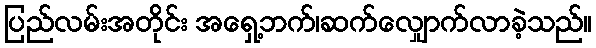
ပြည်လမ်းအတိုင်း အရှေ့ဘက်၊ဆက်လျှောက်လာခဲ့သည်။